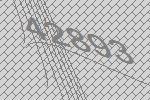
42893